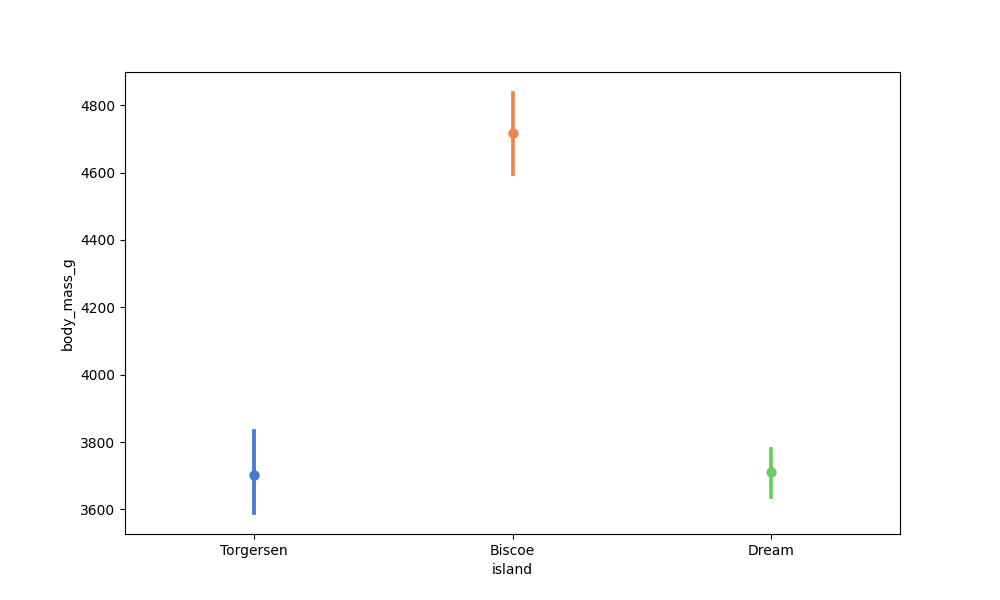
python, seaborn, pointplot, scale=1.0, join=False, hue='None', palette='muted'